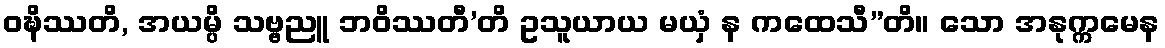
ဝဍ္ဎိဿတိ, အယမ္ပိ သဗ္ဗညူ ဘဝိဿတီ’တိ ဥသူယာယ မယှံ န ကထေသီ”တိ။ သော အနုက္ကမေန